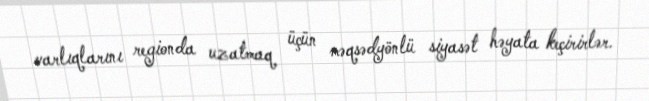
varlıqlarını regionda uzatmaq üçün məqsədyönlü siyasət həyata keçirirlər.